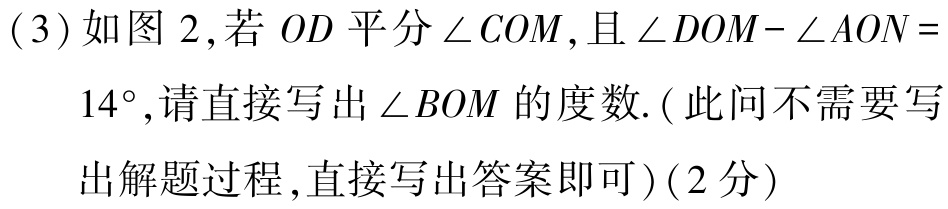
(3) 如图 2,若 \(OD\) 平分 \(\angle COM\),且 \(\angle DOM - \angle AON = 14^{\circ}\),请直接写出 \(\angle BOM\) 的度数.(此问不需要写出解题过程,直接写出答案即可)(2分)